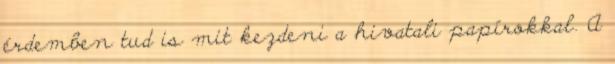
érdemben tud is mit kezdeni a hivatali papírokkal. A